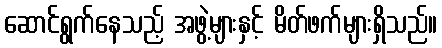
ဆောင်ရွက်နေသည့် အဖွဲ့များနှင့် မိတ်ဖက်များရှိသည်။